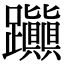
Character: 𨈃